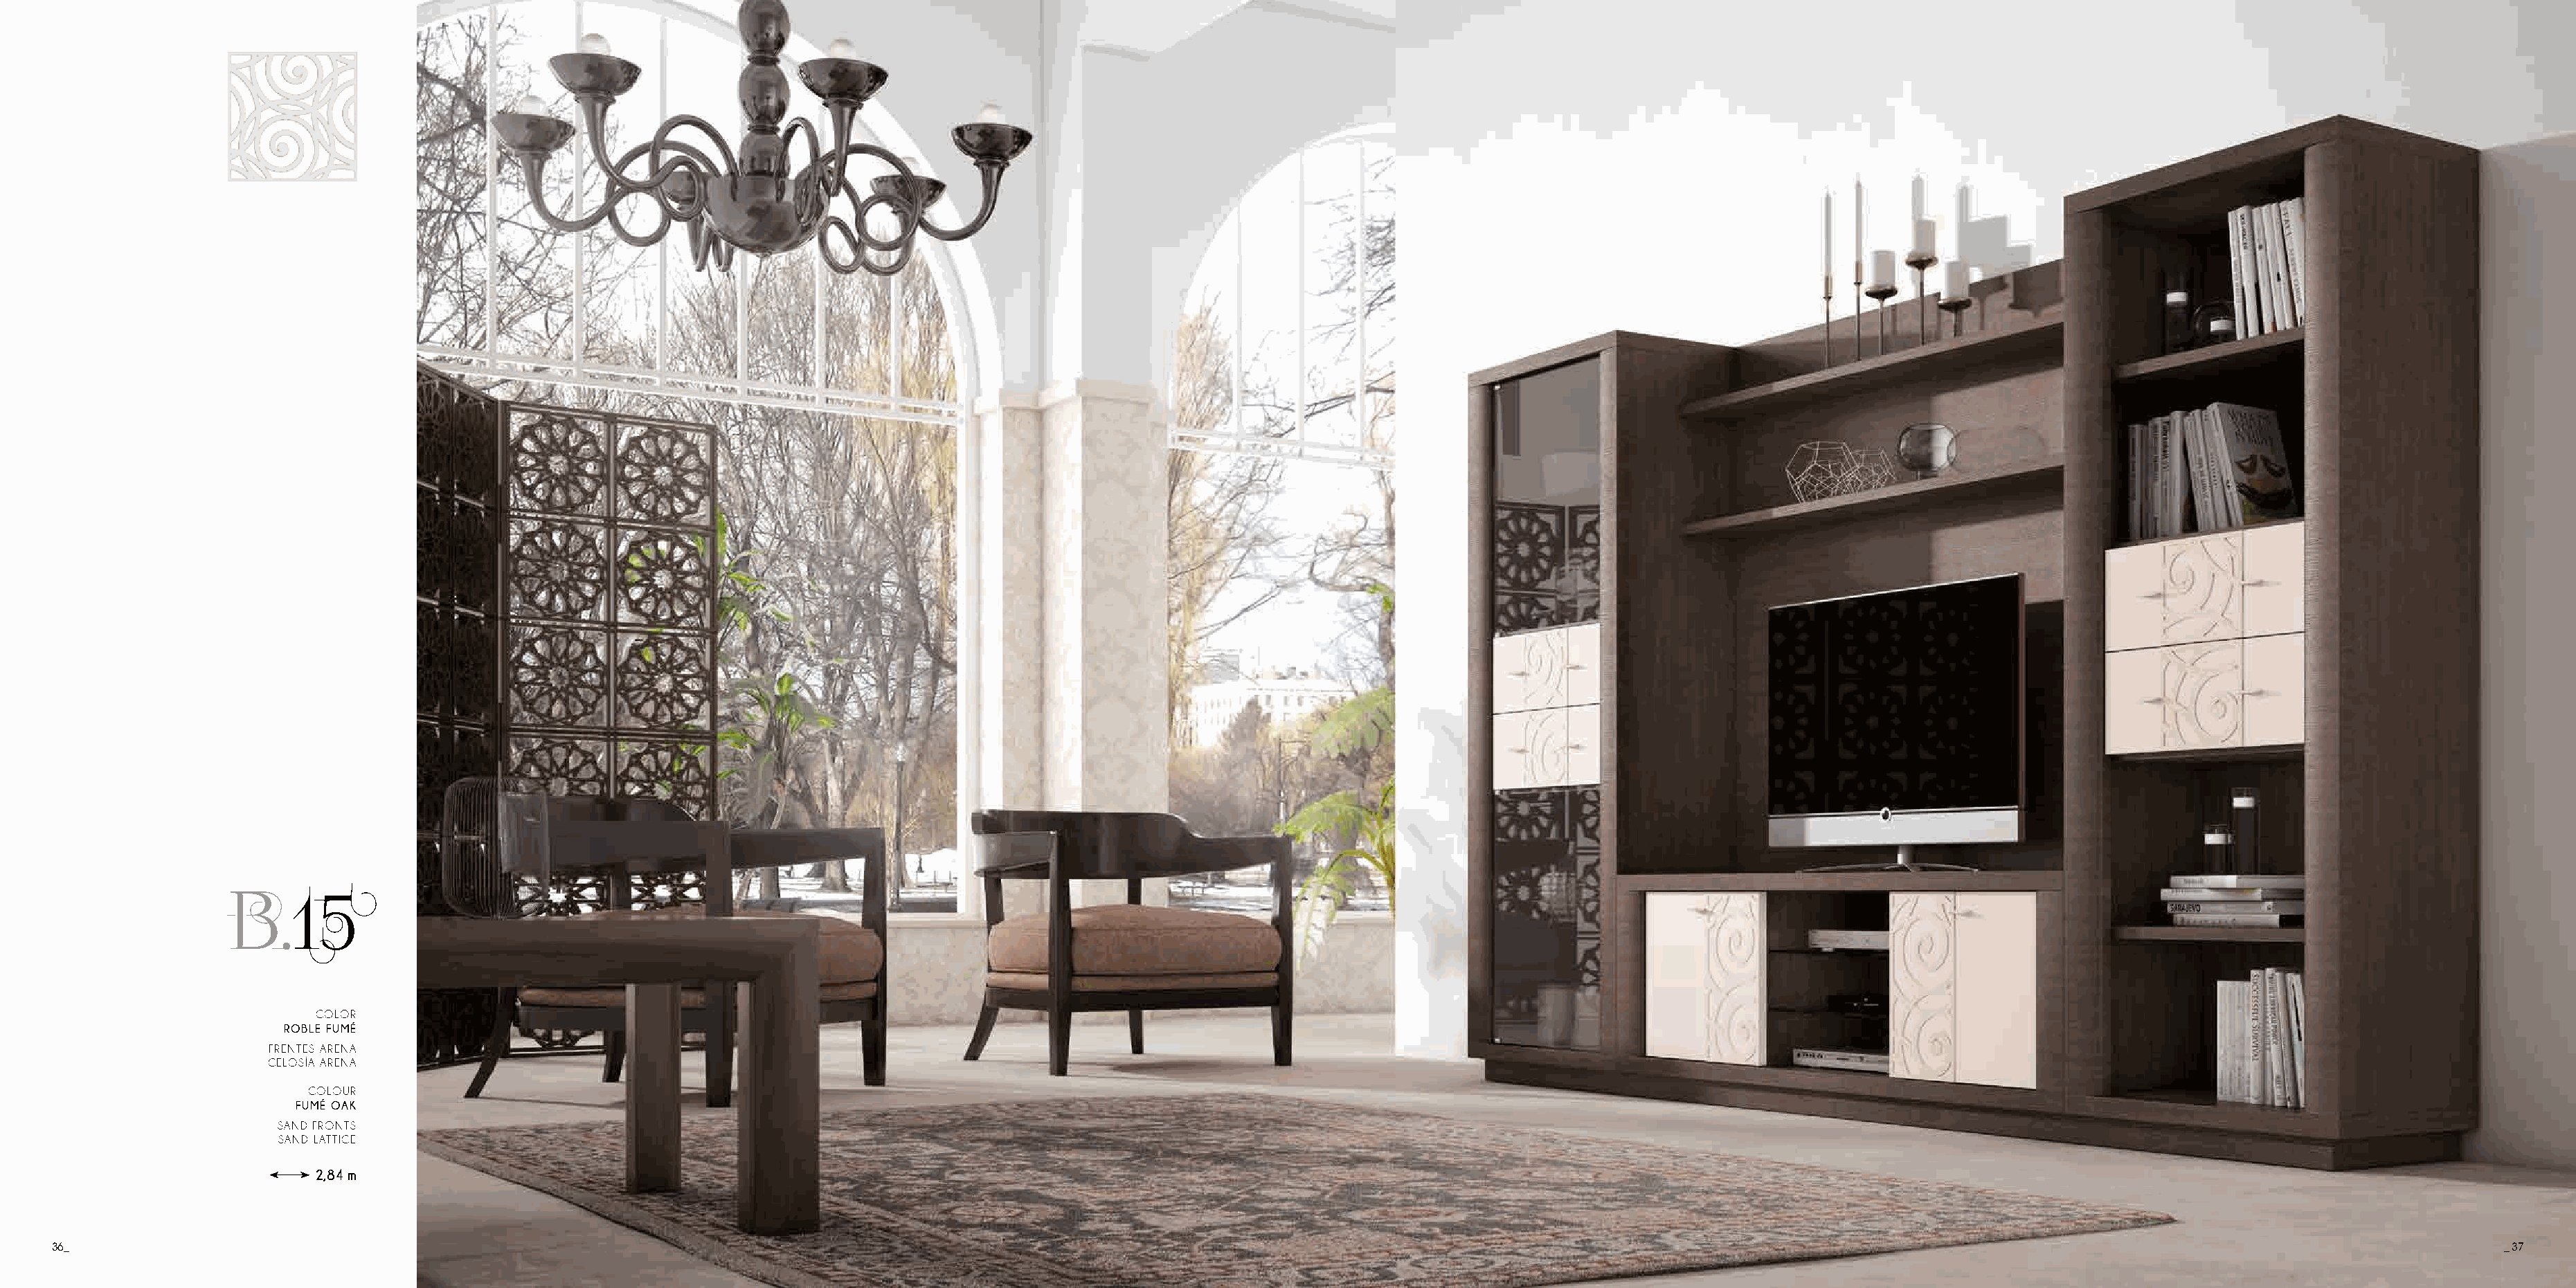
B.15
 COLOR
 ROBLE FUMÉ
 FRENTES ARENA
 CELOSÍA ARENA
 COLOUR
 FUMÉ OAK
 SAND FRONTS
 SAND LATTICE
 2,84 m
 36_                                                                                                                                                                                                                                       _ 37